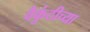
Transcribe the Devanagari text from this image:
वैकुंठीच्या